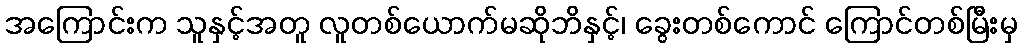
အကြောင်းက သူနှင့်အတူ လူတစ်ယောက်မဆိုဘိနှင့်၊ ခွေးတစ်ကောင် ကြောင်တစ်မြီးမှ